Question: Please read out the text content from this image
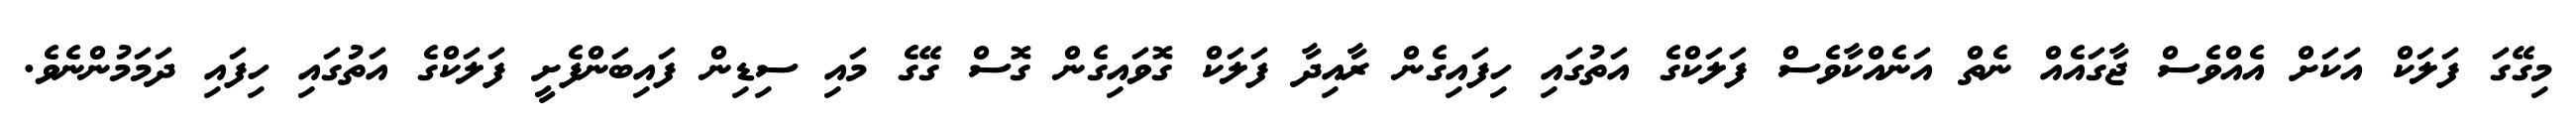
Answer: މިގޭގަ ފަލަކް އަކަށް އެއްވެސް ޖާގައެއް ނެތް އަނެއްކާވެސް ފަލަކްގެ އަތުގައި ހިފައިގެން ރާއިދާ ފަލަކް ގޮވައިގެން ގޮސް ގޭގެ މައި ސިޑިން ފައިބަންފެށީ ފަލަކްގެ އަތުގައި ހިފައި ދަމަމުންނެވެ.